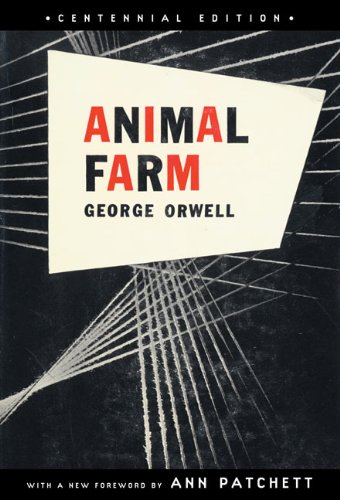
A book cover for Animal Farm: Centennial Edition; George Orwell; Literature & Fiction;